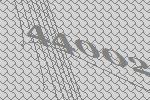
44002